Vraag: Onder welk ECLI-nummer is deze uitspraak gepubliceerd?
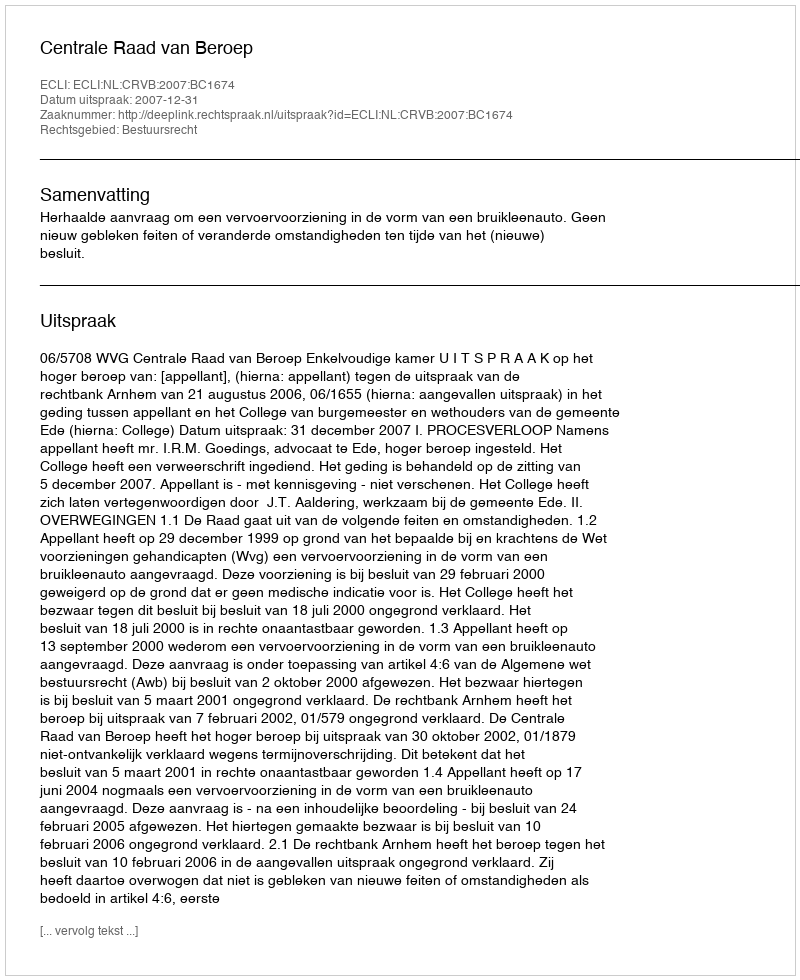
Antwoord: ECLI:NL:CRVB:2007:BC1674